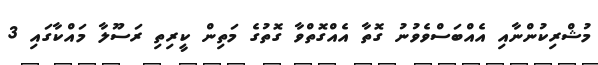
މުޝްރިކުންނާއި އެއްބަސްވެވުނު ގޮތާ އެއްގޮތްވާ ގޮތުގެ މަތިން ކީރިތި ރަސޫލާ މައްކާގައި 3